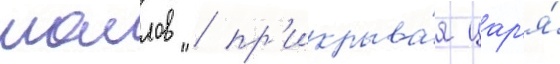
маллов / пр'икрыва́я цар'я́